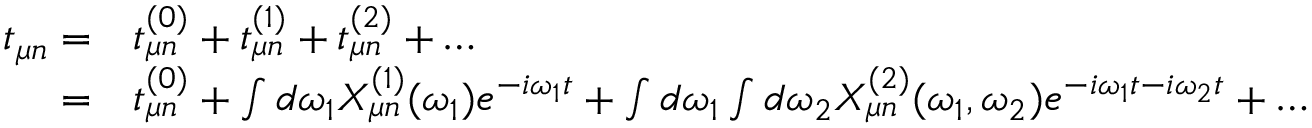
\begin{array} { r l } { t _ { \mu n } = } & { { } t _ { \mu n } ^ { ( 0 ) } + t _ { \mu n } ^ { ( 1 ) } + t _ { \mu n } ^ { ( 2 ) } + \dots } \\ { = } & { { } t _ { \mu n } ^ { ( 0 ) } + \int d \omega _ { 1 } X _ { \mu n } ^ { ( 1 ) } ( \omega _ { 1 } ) e ^ { - i \omega _ { 1 } t } + \int d \omega _ { 1 } \int d \omega _ { 2 } X _ { \mu n } ^ { ( 2 ) } ( \omega _ { 1 } , \omega _ { 2 } ) e ^ { - i \omega _ { 1 } t - i \omega _ { 2 } t } + \dots } \end{array}